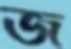
জ